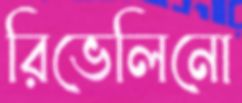
রিভেলিনো